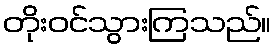
တိုးဝင်သွားကြသည်။